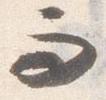
而